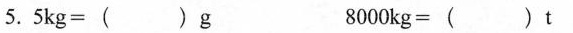
5.$$5 k g = ( ) g$$ $$8 0 0 0 k g = ( ) t$$